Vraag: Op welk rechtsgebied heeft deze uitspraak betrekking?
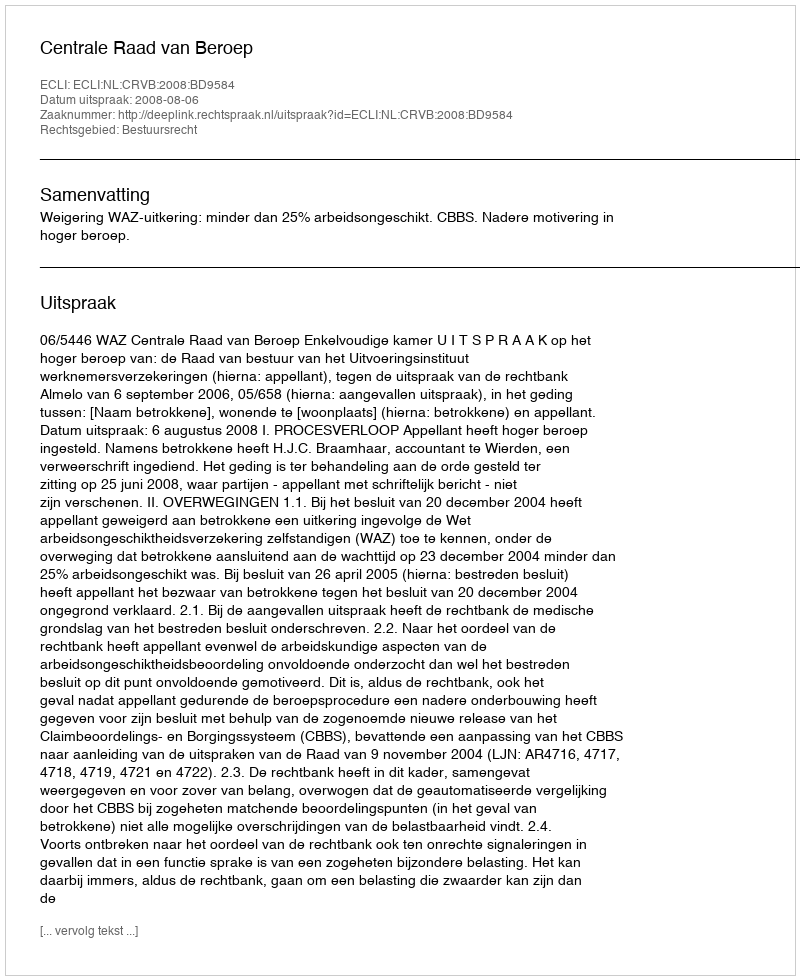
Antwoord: Bestuursrecht